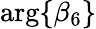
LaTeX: \mathrm{arg}\{ \beta_{6}\}